Civil Veterinary Dept. Assam report 1927-50 - 1927-1950
Year: 1927
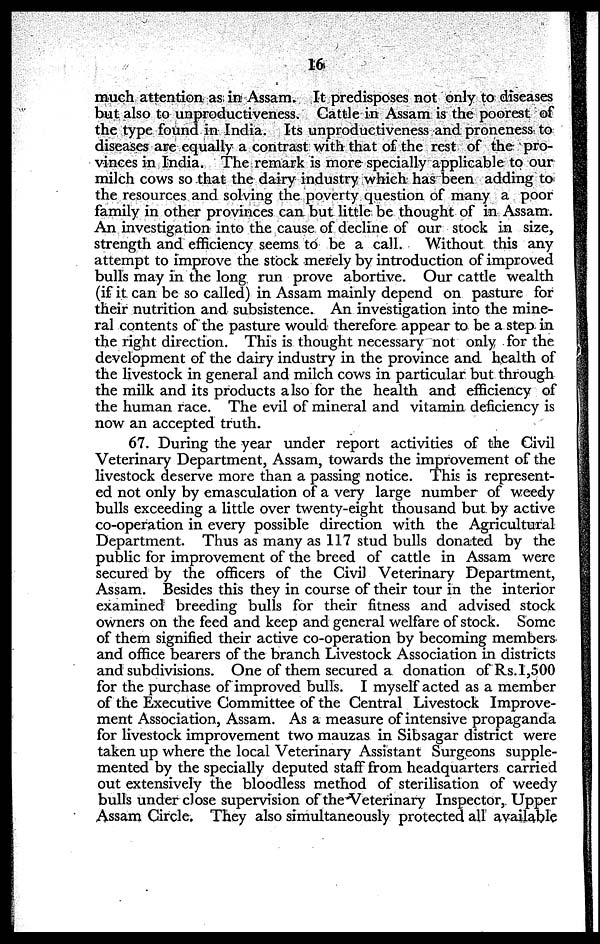
16
much attention as in Assam. It predisposes not only to diseases
but also to unproductiveness. Cattle in Assam is the poorest of
the type found in India. Its unproductiveness and proneness to
diseases are equally a contrast with that of the rest of the pro-
vinces in India. The remark is more specially applicable to our
milch cows so that the dairy industry which has been adding to
the resources and solving the poverty question of many a poor
family in other provinces can but little be thought of in Assam.
An investigation into the cause of decline of our stock in size,
strength and efficiency seems to be a call. Without this any
attempt to improve the stock merely by introduction of improved
bulls may in the long run prove abortive. Our cattle wealth
(if it can be so called) in Assam mainly depend on pasture for
their nutrition and subsistence. An investigation into the mine-
ral contents of the pasture would therefore appear to be a step in
the right direction. This is thought necessary not only for the
development of the dairy industry in the province and health of
the livestock in general and milch cows in particular but through
the milk and its products also for the health and efficiency of
the human race. The evil of mineral and vitamin deficiency is
now an accepted truth.
67. During the year under report activities of the Civil
Veterinary Department, Assam, towards the improvement of the
livestock deserve more than a passing notice. This is represent-
ed not only by emasculation of a very large number of weedy
bulls exceeding a little over twenty-eight thousand but by active
co-operation in every possible direction with the Agricultural
Department. Thus as many as 117 stud bulls donated by the
public for improvement of the breed of cattle in Assam were
secured by the officers of the Civil Veterinary Department,
Assam. Besides this they in course of their tour in the interior
examined breeding bulls for their fitness and advised stock
owners on the feed and keep and general welfare of stock. Some
of them signified their active co-operation by becoming members
and office bearers of the branch Livestock Association in districts
and subdivisions. One of them secured a donation of Rs.1,500
for the purchase of improved bulls. I myself acted as a member
of the Executive Committee of the Central Livestock Improve-
ment Association, Assam. As a measure of intensive propaganda
for livestock improvement two mauzas in Sibsagar district were
taken up where the local Veterinary Assistant Surgeons supple-
mented by the specially deputed staff from headquarters carried
out extensively the bloodless method of sterilisation of weedy
bulls under close supervision of the Veterinary Inspector, Upper
Assam Circle. They also simultaneously protected all available